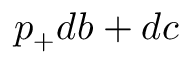
p _ { + } d b + d c